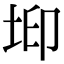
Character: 𡊶